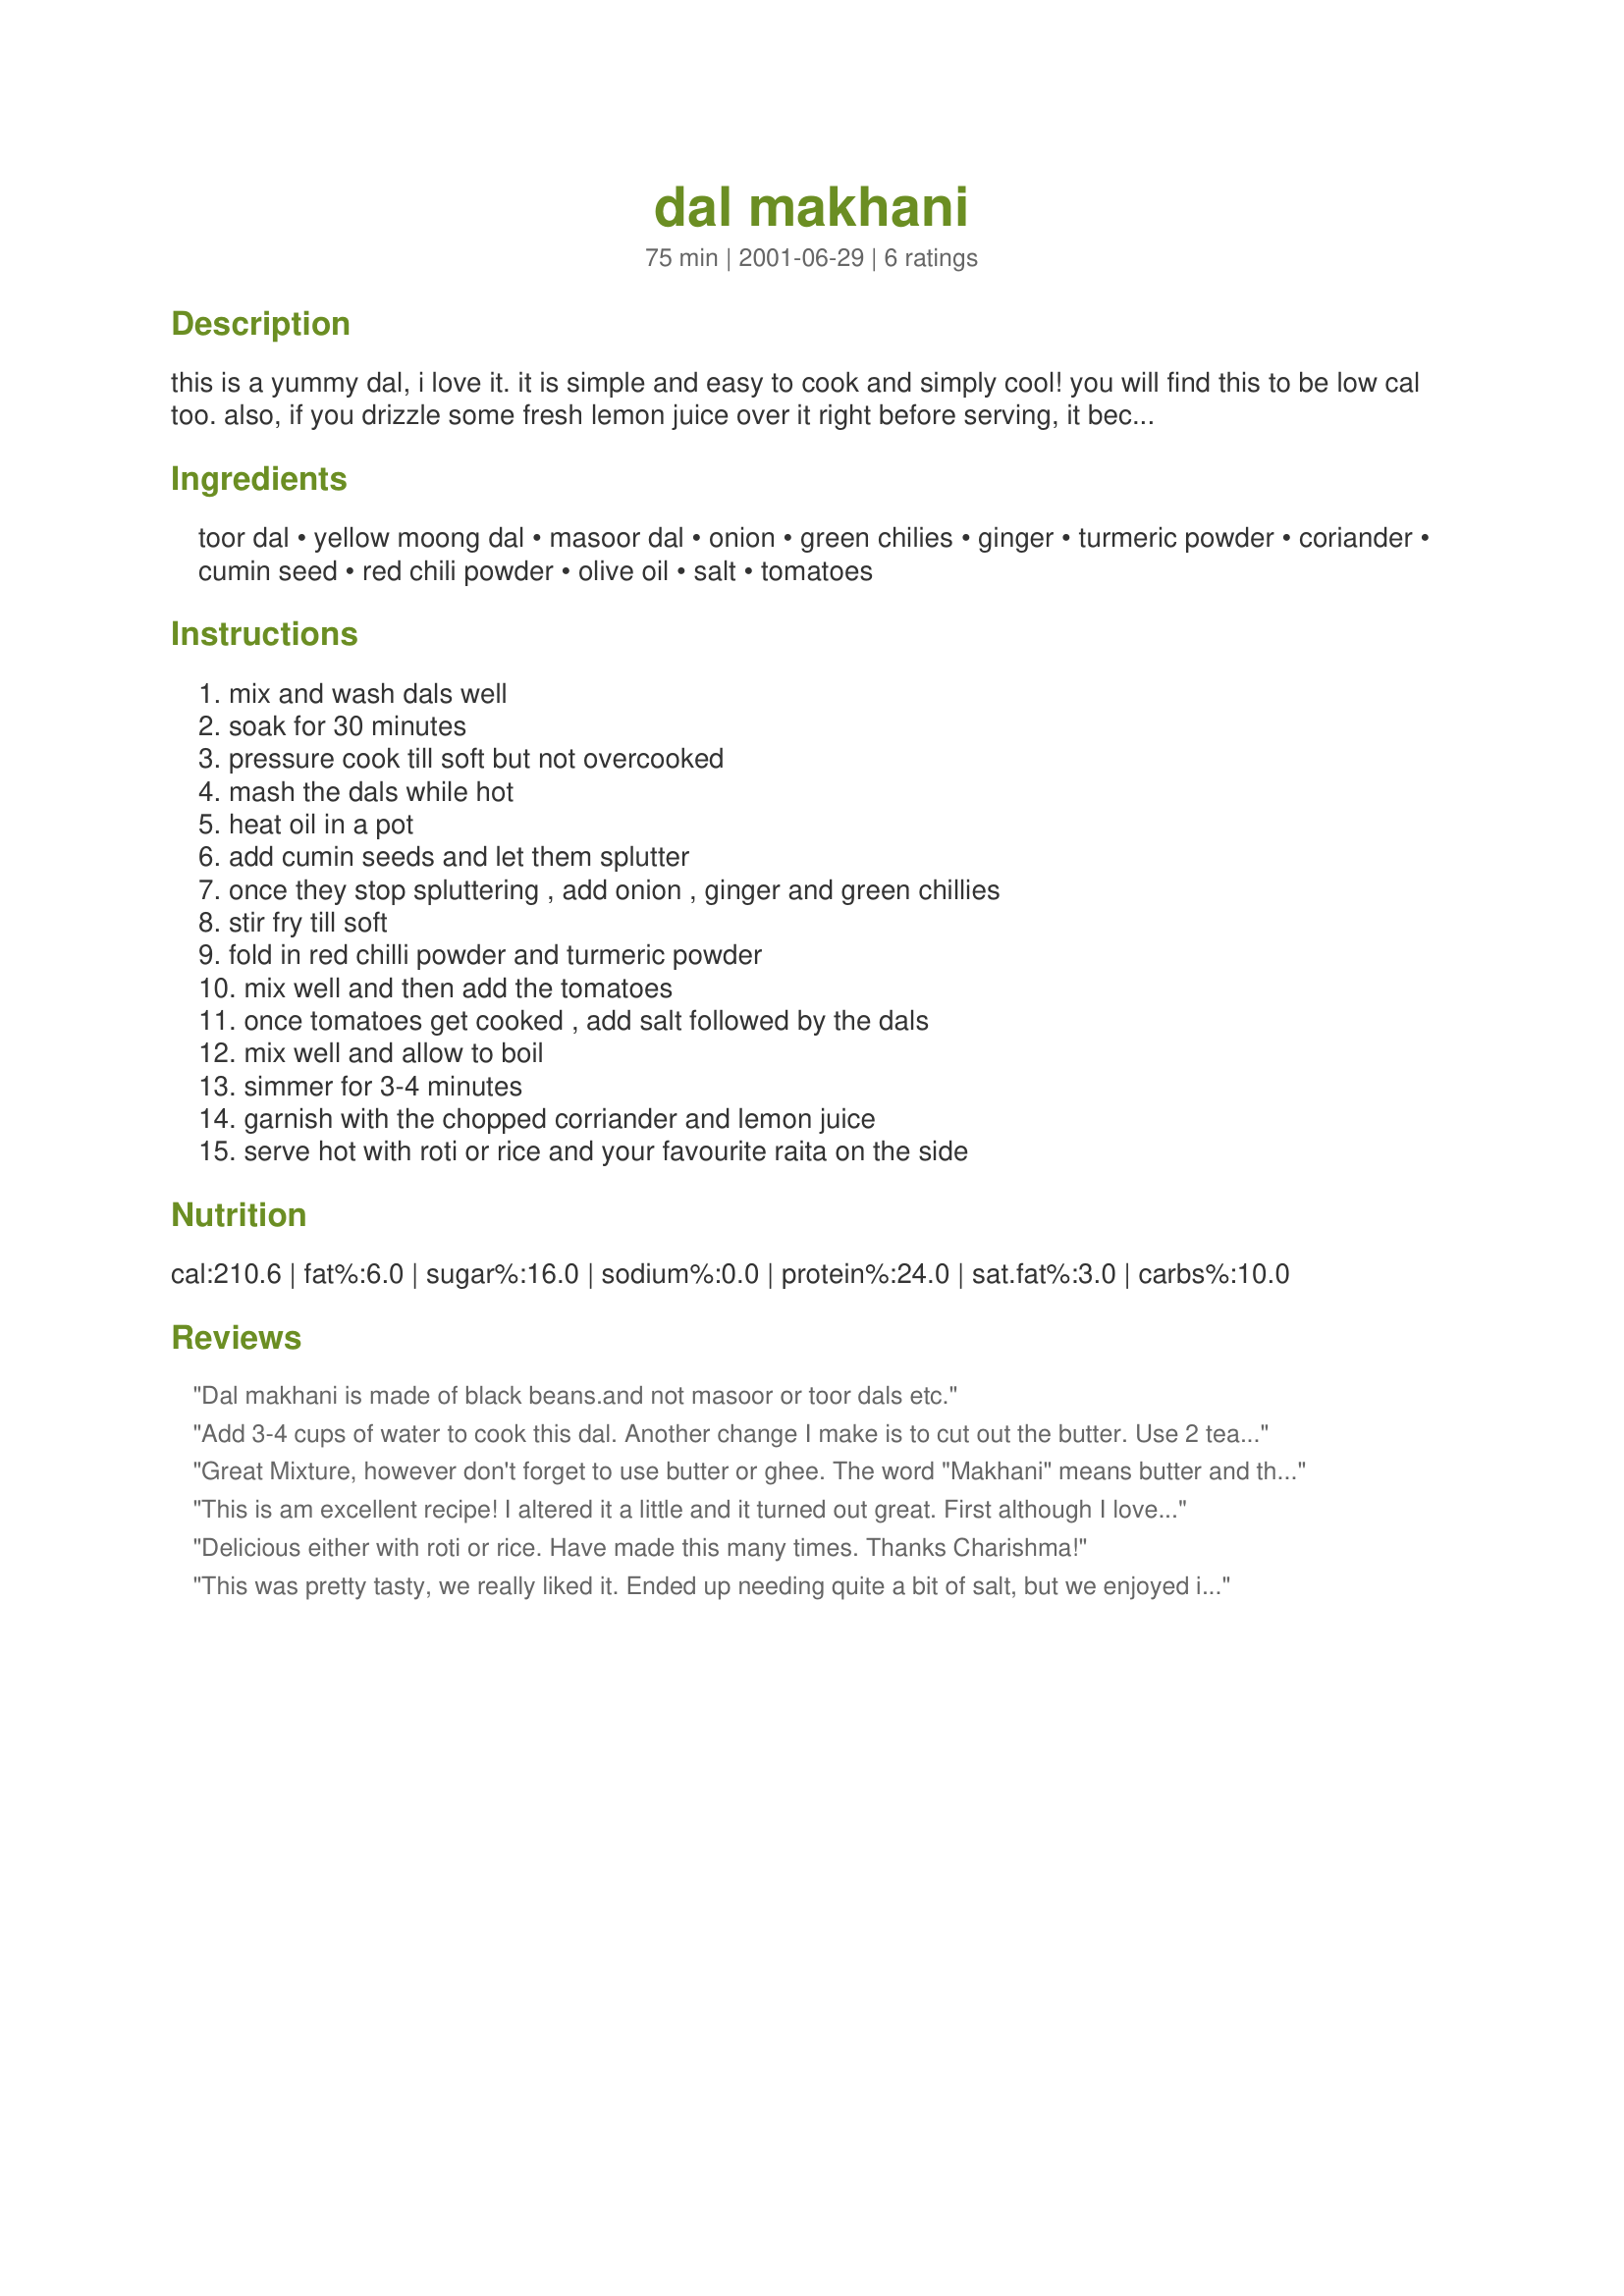
dal makhani
Preparation time: 75 minutes

this is a yummy dal, i love it. it is simple and easy to cook and simply cool! you will find this to be low cal too. also, if you drizzle some fresh lemon juice over it right before serving, it becomes so tangy and all the more savoury. this is dry in texture unlike lentils which usually have gravy, but this is very very tasty.

Ingredients:
toor dal, yellow moong dal, masoor dal, onion, green chilies, ginger, turmeric powder, coriander, cumin seed, red chili powder, olive oil, salt, tomatoes

Steps:
mix and wash dals well, soak for 30 minutes, pressure cook till soft but not overcooked, mash the dals while hot, heat oil in a pot, add cumin seeds and let them splutter, once they stop spluttering , add onion , ginger and green chillies, stir fry till soft, fold in red chilli powder and turmeric powder, mix well and then add the tomatoes, once tomatoes get cooked , add salt followed by the dals, mix well and allow to boil, simmer for 3-4 minutes, garnish with the chopped corriander and lemon juice, serve hot with roti or rice and your favourite raita on the side

Reviews:
Dal makhani is made of black beans.and not masoor or toor dals etc.
Add 3-4 cups of water to cook this dal. Another change I make is to cut out the butter. Use 2 teaspoons of oil for the saute of onions and spices, add tomatoes and 1 tbls of yogurt or sour cream. That gives a creamy taste.
Great Mixture, however don't forget to use butter or ghee. The word "Makhani" means butter and the recipe wont be the same without it. I also reccommend doubling the water added for pressure cooking. I used 1/2 cup dal to 1 cup water, 1/4 cup dal to 3/4 cup water.
Thanks Charihsma for a proper indian recipe!
This is am excellent recipe! I altered it a little and it turned out great. First although I love my new Swiss pressure cooker, I soaked the dal for 3 hours and cooked over a normal medium flame. I added salt, dried red chilis, black cardamons , and bay leaves before cooking and removed the last 3 after cooking 30 minutes. I also used ghee instead of oil, doubled the ginger, added a large tsp of garam masala to the onion mix. It is one of the best dals I have made. Thanks for sharing!
Delicious either with roti or rice. Have made this many times. Thanks Charishma!
This was pretty tasty, we really liked it. Ended up needing quite a bit of salt, but we enjoyed it. I will say, I didn't understand what pressure cook until 3 whistles means...we followed the instructions that came with our pressure cooker for cooking lentils...they came out a little overdone, although that did save the mashing step, I don't think I did it right. nonetheless tasty. Thanks!
